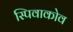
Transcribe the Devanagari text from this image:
स्पिवाकोव